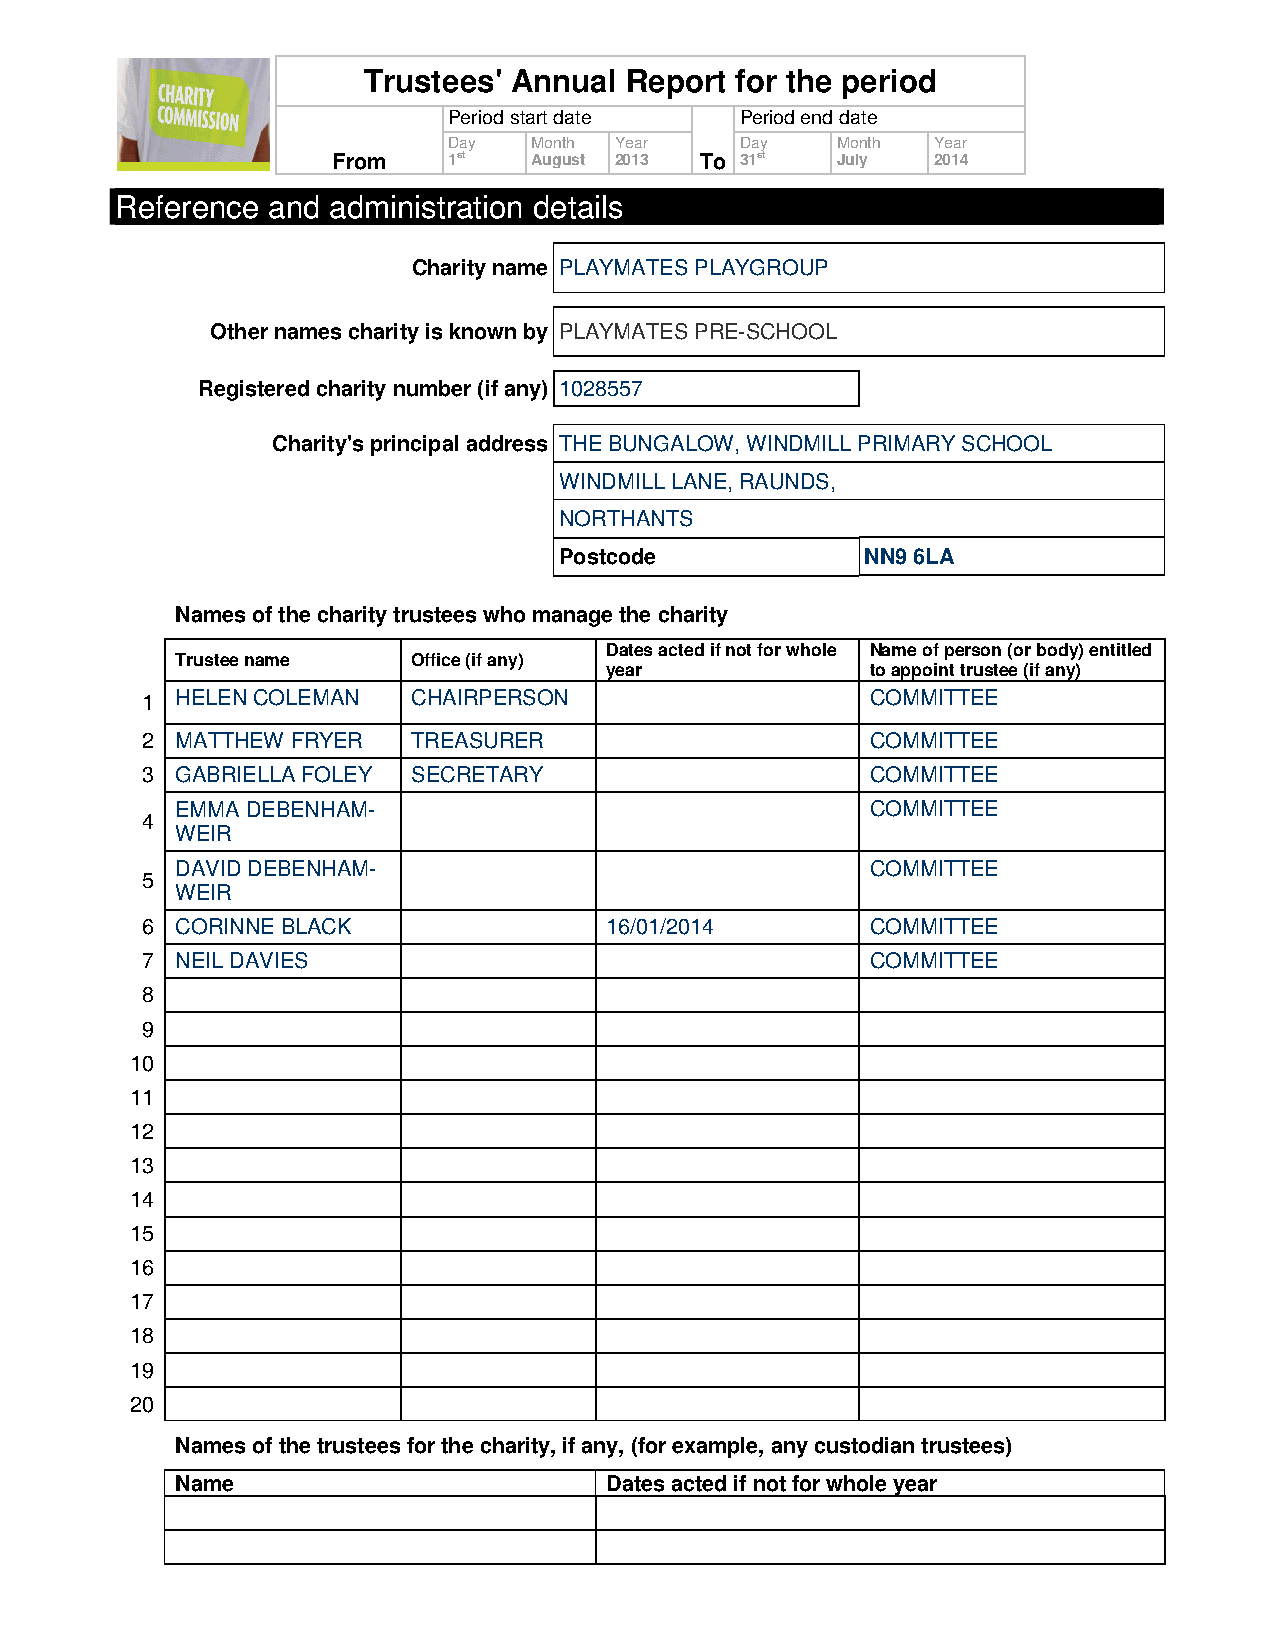
Trustees' Annual Report  for the period
 Period start date  Period end date
 Day  Month Year    Day   Month  Year
 From    1st  August 2013 To 31st July   2014
 Reference and administration details
 Charity name PLAYMATES PLAYGROUP
 Other names charity is known by PLAYMATES PRE-SCHOOL
 Registered charity number (if any) 1028557
 Charity's principal address THE BUNGALOW, WINDMILL PRIMARY SCHOOL
 WINDMILL LANE, RAUNDS,
 NORTHANTS
 Postcode            NN9 6LA
 Names of the charity trustees who manage the charity
 Dates acted if not for whole Name of person (or body) entitled
 Trustee name   Office (if any)
 year              to appoint trustee (if any)
 1  HELEN COLEMAN  CHAIRPERSON                    COMMITTEE
 2  MATTHEW FRYER  TREASURER                      COMMITTEE
 3  GABRIELLA FOLEY SECRETARY                     COMMITTEE
 EMMA DEBENHAM-                                COMMITTEE
 4
 WEIR
 DAVID DEBENHAM-                               COMMITTEE
 5
 WEIR
 6  CORINNE BLACK               16/01/2014        COMMITTEE
 7  NEIL DAVIES                                   COMMITTEE
 8
 9
 10
 11
 12
 13
 14
 15
 16
 17
 18
 19
 20
 Names of the trustees for the charity, if any, (for example, any custodian trustees)
 Name                        Dates acted if not for whole year